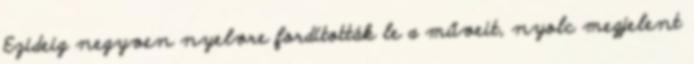
Ezideig negyven nyelvre fordították le a műveit, nyolc megjelent